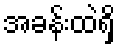
အခန်းထဲရှိ